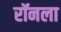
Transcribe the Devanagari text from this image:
रॉनला